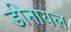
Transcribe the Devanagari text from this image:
डीनायल